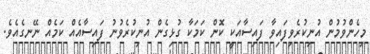
މިހެންވުމުން އުނިކުރެވިފައިވާ ފައިސާއަކީ ކޮން ކަމަކާ ގުޅިގެން އުނިކުރެވުނު ފައިސާއެއް ކަމެއް ނޭނގެއެވެ.